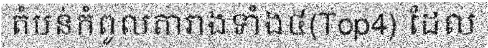
តំបន់កំពូលតារាងទាំង៤(Top4) ដែល